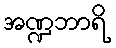
အဏ္ဍဘာရိ